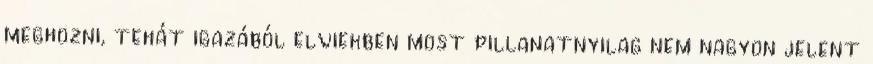
meghozni, tehát igazából elviekben most pillanatnyilag nem nagyon jelent